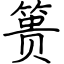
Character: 篑